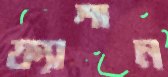
ফ্যাশান